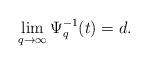
LaTeX: \begin{align*} \lim_{q\rightarrow\infty}\Psi_q^{-1}(t)=d.\end{align*}